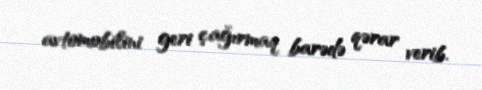
avtomobilini geri çağırmaq barədə qərar verib.